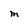
Character: m